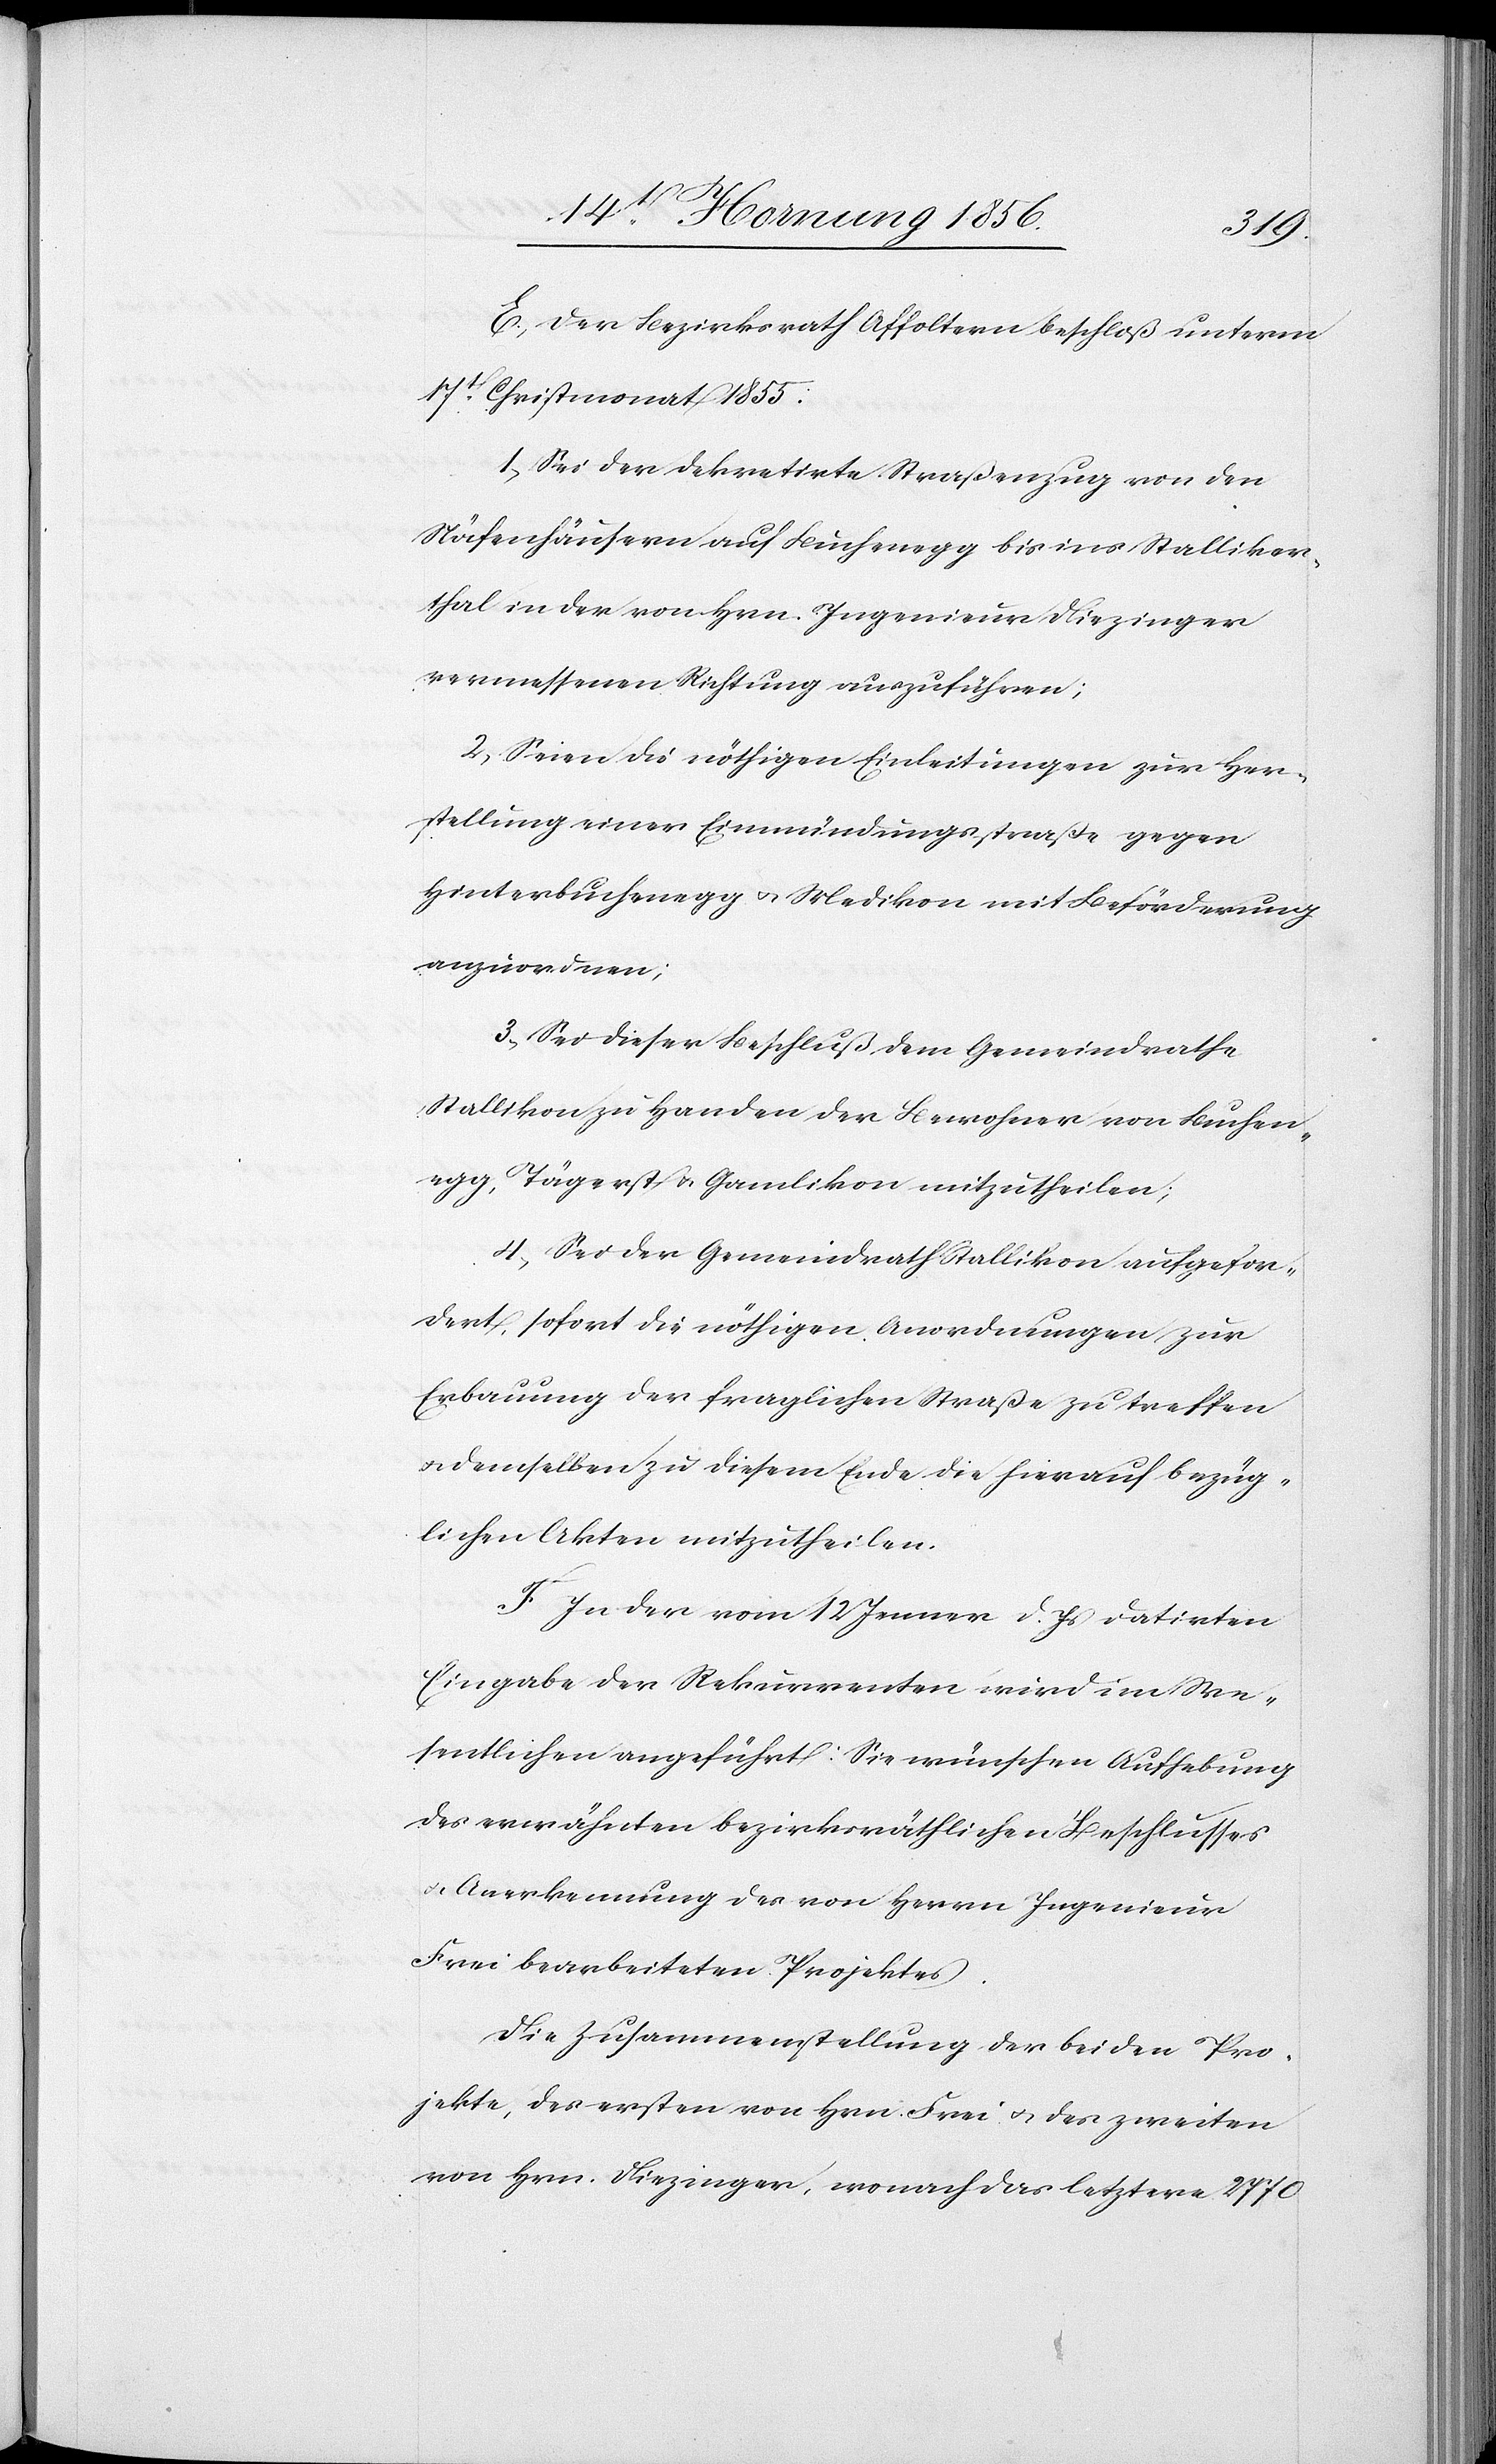
E., Der Bezirksrath Affoltern beschloß unterm
17t Christmonat 1855:
1., Sei der dekretirte Straßenzug von den
Näfenhäusern auf Buchenegg bis ins Stalliker¬
thal in der von Hrn. Ingenieur Diezinger
vermessenen Richtung auszuführen;
2, Seien die nöthigen Einleitungen zur Her¬
stellung einer Einmündungsstraße gegen
Hinterbuchenegg u. Medikon mit Beförderung
anzuordnen;
3., Sei dieser Beschluß dem Gemeindrathe
Stallikon zu Handen der Bewohner von Buchen¬
egg, Tägerst u. Gamlikon mitzutheilen;
4., Sei der Gemeindrath Stallikon aufgefor¬
dert, sofort die nöthigen Anordnungen zur
Erbauung der fraglichen Straße zu treffen
u. demselben zu diesem Ende die hierauf bezüg¬
lichen Akten mitzutheilen.
F. In der vom 12 Jenner d. Js datirten
Eingabe der Rekurrenten wird im We¬
sentlichen angeführt: Sie wünschen Aufhebung
des erwähnten bezirksräthlichen Beschlusses
u. Anerkennung der von Herrn Ingenieur
Frei bearbeiteten Projektes.
Die Zusammenstellung der beiden Pro¬
jekte, des ersten von Hrn. Frei u. des zweiten
von Hrn. Diezinger, wonach das letztere 2770